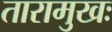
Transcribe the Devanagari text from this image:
तारामुखः